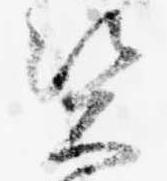
資